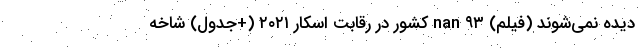
دیده نمی‌شوند (فیلم) nan ۹۳ کشور در رقابت اسکار ۲۰۲۱ (+جدول) شاخه